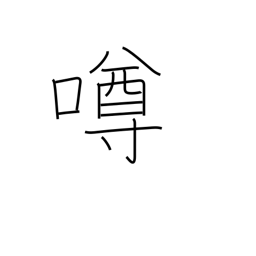
Meaning: gossip